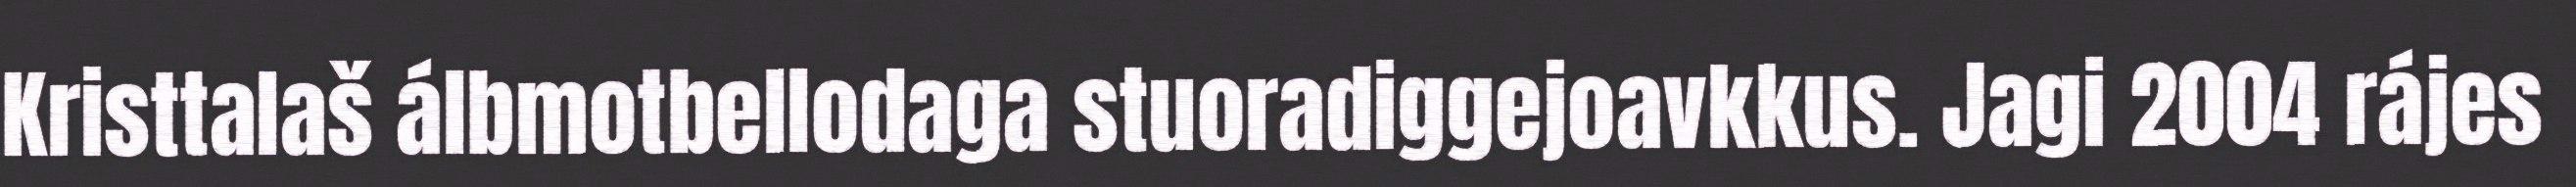
Kristtalaš álbmotbellodaga stuoradiggejoavkkus. Jagi 2004 rájes